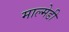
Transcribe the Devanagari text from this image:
माल्मेडी